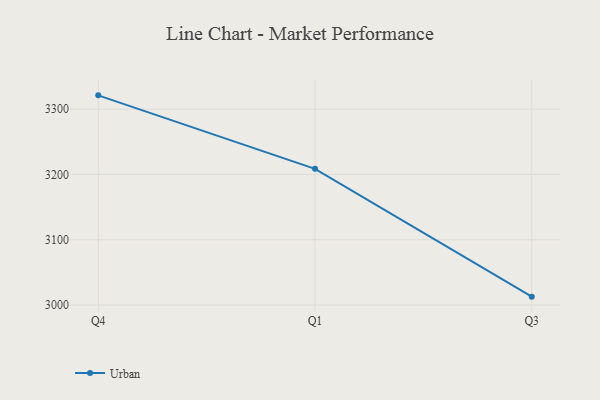
{"axis": {"x": "Quarter", "y": "Market Share (%)"}, "legend": ["Urban"], "data": [{"x": "Q4", "y": 3321.2, "type": "Urban"}, {"x": "Q1", "y": 3208.6, "type": "Urban"}, {"x": "Q3", "y": 3012.8, "type": "Urban"}]}